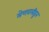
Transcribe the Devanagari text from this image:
मेणवलीहून